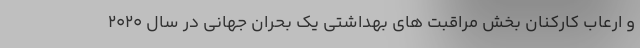
و ارعاب کارکنان بخش مراقبت های بهداشتی یک بحران جهانی در سال ۲۰۲۰